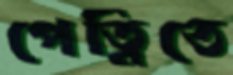
পেত্নিতে